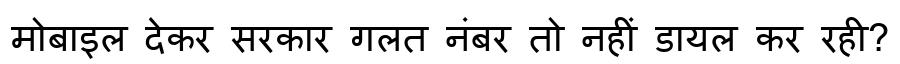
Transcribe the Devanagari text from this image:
मोबाइल देकर सरकार गलत नंबर तो नहीं डायल कर रही?